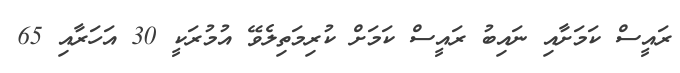
ރައީސް ކަމަށާއި ނައިބު ރައީސް ކަމަށް ކުރިމަތިލެވޭ އުމުރަކީ 30 އަހަރާއި 65